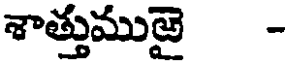
శాత్తుముఱై -